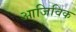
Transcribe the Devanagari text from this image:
आजिविक